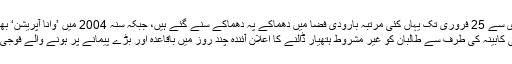
19 فروری سے 25 فروری تک یہاں کئی مرتبہ بارودی فضا میں دھماکے پہ دھماکے سنے گئے ہیں، جبکہ سنہ 2004 میں ’وانا آپریشن‘ بھی یہیں کیا گیا تھا
واشنگٹن — وفاقی کابینہ کی طرف سے طالبان کو غیر مشروط ہتھیار ڈالنے کا اعلان آئندہ چند روز میں باقاعدہ اور بڑے پیمانے پر ہونے والے فوجی آپریشن’بگل‘ ہے۔